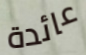
عائدة